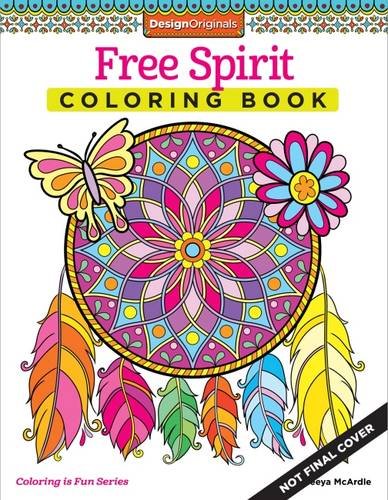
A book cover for Free Spirit Coloring Book (Coloring Activity Book); Thaneeya Mcardle; Arts & Photography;